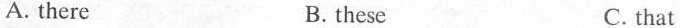
A. there B. these C. that